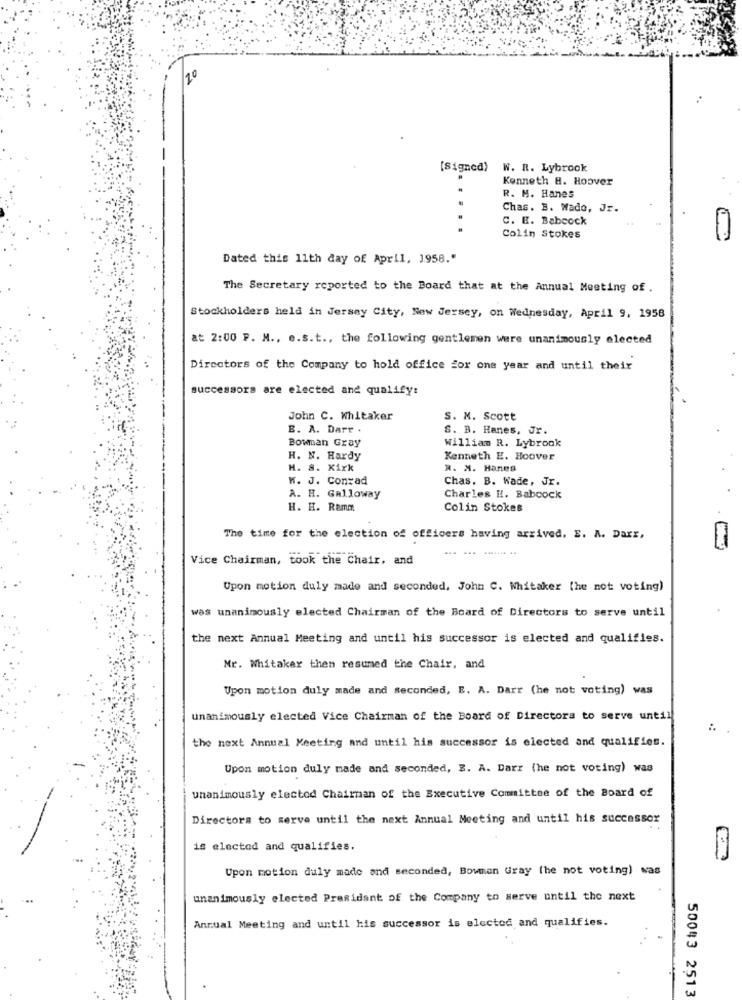
1º
[Signed)
W. R. Lybrook
Kenneth H. Hoover
R. M. Hanes
Chas. B. Wado, Jr.
C. E. Babcock
Colin Stokes
Dated this 11th day of April, 1958."
The Secretary reported to the Board that at the Annual Meeting of .
Stockholders held in Jersey City, New Jersey, on Wednesday, April 9. 1958
at 2:00 P. M ., e.s.t ., the following gentlemen were unanimously elected
Directors of the Company to hold office for one year and until their
successors are elected and qualify:
John C. Whitaker
S. M. Scott
E. A. Darr .
S. B. Hanes, Jr.
Bowman Gray
William R. Lybrook
H. N. Hardy
Kenneth E. Hoover
H. S. Kirk
R. M. Hanes
W. J. Conrad
Chas. B. Wade, Jr.
A. H. Galloway
Charles H. Babcock
H. H. Ramm
Colin Stokes
The time for the election of officers having arrived, E. A. Daxx,
Vice Chairman, took the Chair, and
Upon motion duly made and seconded, John C. Whitaker (he not voting)
was unanimously elected Chairman of the Board of Directors to serve until
the next Annual Meeting and until his successor is elected and qualifies.
Mr. Whitaker then resumed the Chair, and
Upon motion duly made and seconded, E. A. Darr (he not voting) was
unanimously elected Vice Chairman of the Board of Directors to serve until
the next Annual Meeting and until his successor is elected and qualifies.
Upon motion duly made and seconded, Z. A. Darr (he not voting) was
unanimously elected Chairman of the Executive Committee of the Board of
Directors to serve until the next Annual Meeting and until his successor
is elected and qualifies.
Upon motion duly made and seconded, Bowman Gray (he not voting) was
unanimously elected President of the Company to serve until the next
Annual Meeting and until his successor is elected and qualifies.
50043 2513